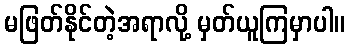
မဖြတ်နိုင်တဲ့အရာလို့ မှတ်ယူကြမှာပါ။